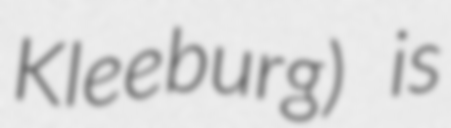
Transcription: Kleeburg) is